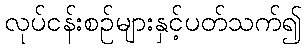
လုပ်ငန်းစဉ်များနှင့်ပတ်သက်၍